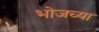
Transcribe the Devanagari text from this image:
भोजच्या